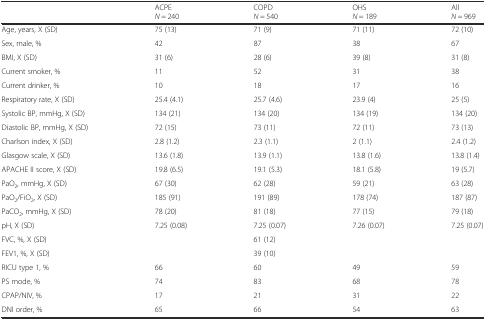
|  | ACPEN = 240 | COPDN = 540 | OHSN = 189 | AllN = 969 |
 | --- | --- | --- | --- | --- |
 | Age, years, X (SD) | 75 (13) | 71 (9) | 71 (11) | 72 (10) |
 | Sex, male, % | 42 | 87 | 38 | 67 |
 | BMI, X (SD) | 31 (6) | 28 (6) | 39 (8) | 31 (8) |
 | Current smoker, % | 11 | 52 | 31 | 38 |
 | Current drinker, % | 10 | 18 | 17 | 16 |
 | Respiratory rate, X (SD) | 25.4 (4.1) | 25.7 (4.6) | 23.9 (4) | 25 (5) |
 | Systolic BP, mmHg, X (SD) | 134 (21) | 134 (20) | 134 (19) | 134 (20) |
 | Diastolic BP, mmHg, X (SD) | 72 (15) | 73 (11) | 72 (11) | 73 (13) |
 | Charlson index, X (SD) | 2.8 (1.2) | 2.3 (1.1) | 2 (1.1) | 2.4 (1.2) |
 | Glasgow scale, X (SD) | 13.6 (1.8) | 13.9 (1.1) | 13.8 (1.6) | 13.8 (1.4) |
 | APACHE II score, X (SD) | 19.8 (6.5) | 19.1 (5.3) | 18.1 (5.8) | 19 (5.7) |
 | PaO2, mmHg, X (SD) | 67 (30) | 62 (28) | 59 (21) | 63 (28) |
 | PaO2/FiO2, X (SD) | 185 (91) | 191 (89) | 178 (74) | 187 (87) |
 | PaCO2, mmHg, X (SD) | 78 (20) | 81 (18) | 77 (15) | 79 (18) |
 | pH, X (SD) | 7.25 (0.08) | 7.25 (0.07) | 7.26 (0.07) | 7.25 (0.07) |
 | FVC, %, X (SD) |  | 61 (12) |  |  |
 | FEV1, %, X (SD) |  | 39 (10) |  |  |
 | RICU type 1, % | 66 | 60 | 49 | 59 |
 | PS mode, % | 74 | 83 | 68 | 78 |
 | CPAP/NIV, % | 17 | 21 | 31 | 22 |
 | DNI order, % | 65 | 66 | 54 | 63 |